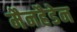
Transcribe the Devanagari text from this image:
मैनहैडेन